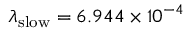
\lambda _ { \mathrm { s l o w } } = 6 . 9 4 4 \times 1 0 ^ { - 4 }